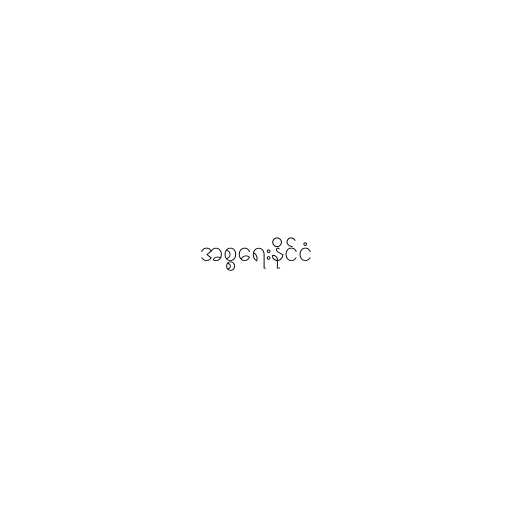
အစ္စရေးနိုင်ငံ